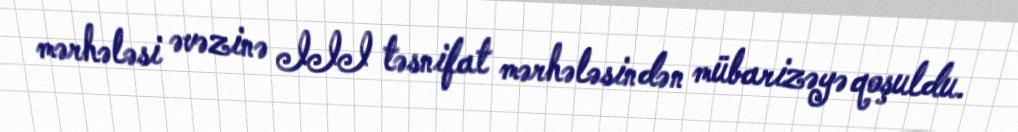
mərhələsi əvəzinə III təsnifat mərhələsindən mübarizəyə qoşuldu.